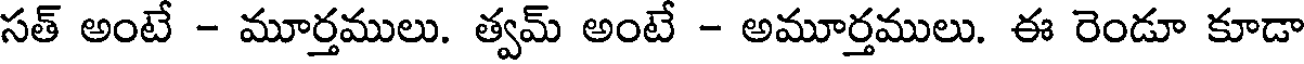
సత్ అంటే - మూర్తములు. త్వమ్ అంటే - అమూర్తములు. ఈ రెండూ కూడా